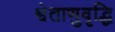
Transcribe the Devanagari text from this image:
श्वेताणुवृद्धि